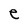
Character: e